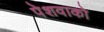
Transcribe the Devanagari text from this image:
पेशवाको